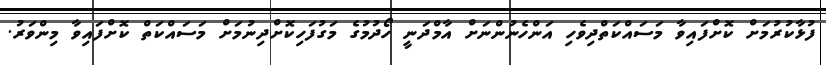
ފުޅާކުރުމަށް ކޮށްފައިވާ މަސައްކަތްދިވެހި އަންހެނުންނަށް އާމްދަނީ ހޯދުމުގެ މަގުފަހިކޮށްދިނުމަށް މަސައްކަތް ކޮށްފައިވާ މިންވަރު.